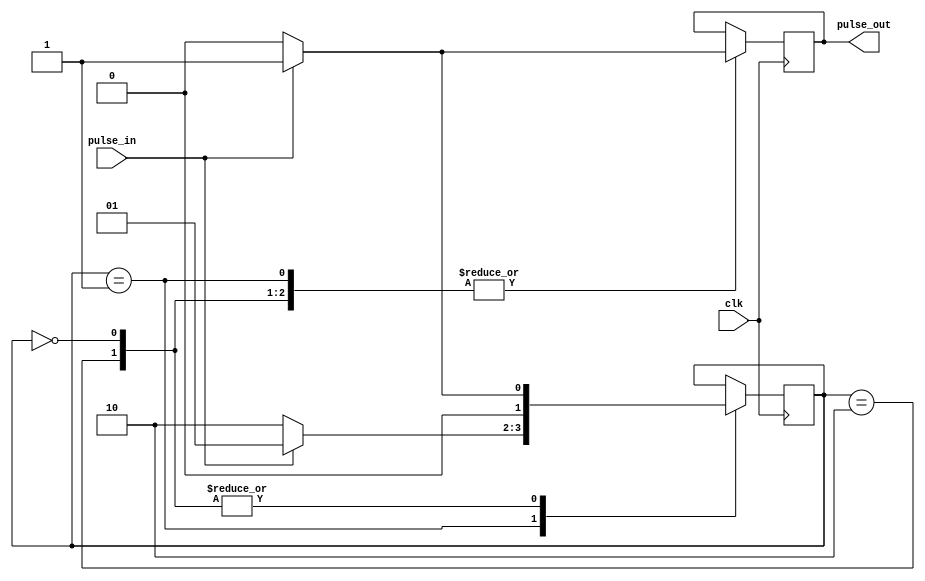
module timing_control_sync (
    input wire pulse_in,
    input wire clk,
    output reg pulse_out
);

reg [1:0] state;

always @(posedge clk) begin
    case(state)
        2'b00: begin
            if(pulse_in) begin
                pulse_out <= 1;
                state <= 2'b01;
            end
            else begin
                pulse_out <= 0;
                state <= 2'b00;
            end
        end
        2'b01: begin
            if(!pulse_in) begin
                pulse_out <= 0;
                state <= 2'b10;
            end
            else begin
                pulse_out <= 1;
                state <= 2'b01;
            end
        end
        2'b10: begin
            if(pulse_in) begin
                pulse_out <= 1;
                state <= 2'b01;
            end
            else begin
                pulse_out <= 0;
                state <= 2'b00;
            end
        end
    endcase
end

endmodule